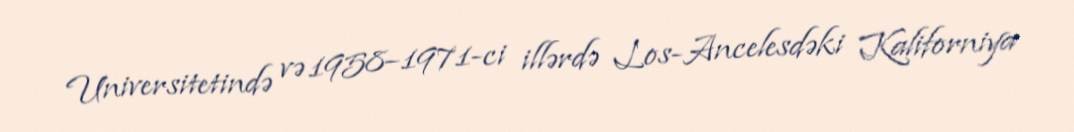
Universitetində və 1958–1971-ci illərdə Los-Ancelesdəki Kaliforniya